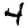
Digit: 4